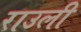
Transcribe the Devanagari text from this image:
राउली